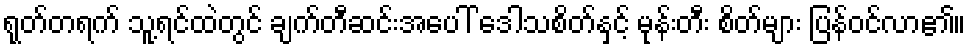
ရုတ်တရက် သူ့ရင်ထဲတွင် ချက်တီဆင်းအပေါ် ဒေါသစိတ်နှင့် မုန်းတီး စိတ်များ ပြန်ဝင်လာ၏။